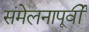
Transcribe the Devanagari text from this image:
संमेलनापूर्वी